Report of the Indian Hemp Drugs Commission, 1894-1895 - Volume I
Year: 1894
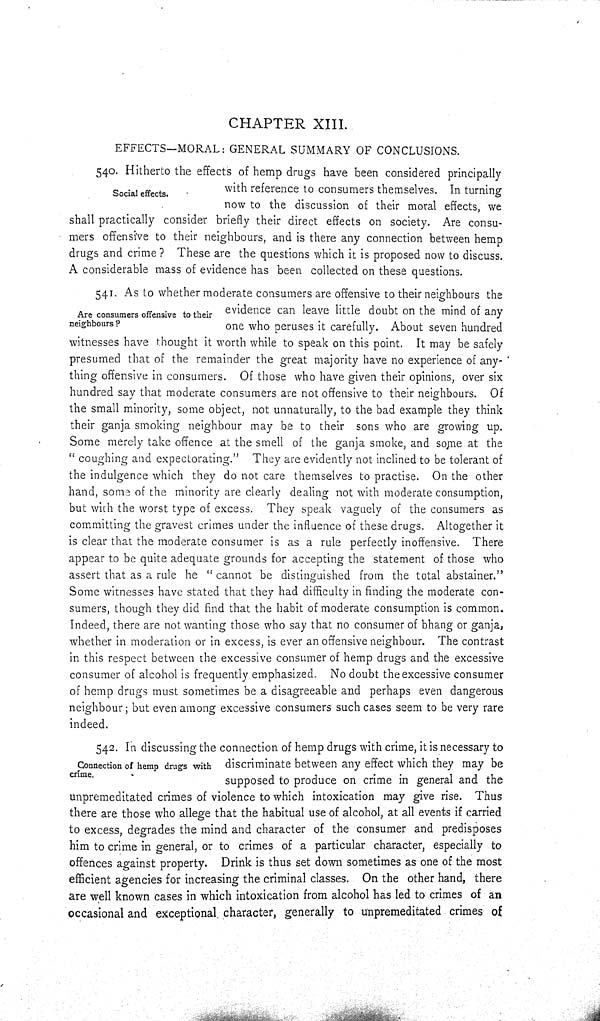
CHAPTER XIII.
EFFECTS-MORAL: GENERAL SUMMARY OF CONCLUSIONS.
Social effects.
Are consumers offensive to their
neighbours?
540. Hitherto the effects of hemp drugs have been considered principally
with reference to consumers themselves. In turning
now to the discussion of their moral effects, we
shall practically consider briefly their direct effects on society. Are consu-
mers offensive to their neighbours, and is there any connection between hemp
drugs and crime? These are the questions which it is proposed now to discuss.
A considerable mass of evidence has been collected on these questions.
541. As to whether moderate consumers are offensive to their neighbours the
evidence can leave little doubt on the mind of any
one who peruses it carefully. About seven hundred
witnesses have thought it worth while to speak on this point. It may be safely
presumed that of the remainder the great majority have no experience of any-
thing offensive in consumers. Of those who have given their opinions, over six
hundred say that moderate consumers are not offensive to their neighbours. Of
the small minority, some object, not unnaturally, to the bad example they think
their ganja smoking neighbour may be to their sons who are growing up.
Some merely take offence at the smell of the ganja smoke, and some at the
"coughing and expectorating." They are evidently not inclined to be tolerant of
the indulgence which they do not care themselves to practise. On the other
hand, some of the minority are clearly dealing not with moderate consumption,
but with the worst type of excess. They speak vaguely of the consumers as
committing the gravest crimes under the influence of these drugs. Altogether it
is clear that the moderate consumer is as a rule perfectly inoffensive. There
appear to be quite adequate grounds for accepting the statement of those who
assert that as a rule he "cannot be distinguished from the total abstainer."
Some witnesses have stated that they had difficulty in finding the moderate con-
sumers, though they did find that the habit of moderate consumption is common.
Indeed, there are not wanting those who say that no consumer of bhang or ganja,
whether in moderation or in excess, is ever an offensive neighbour. The contrast
in this respect between the excessive consumer of hemp drugs and the excessive
consumer of alcohol is frequently emphasized. No doubt the excessive consumer
of hemp drugs must sometimes be a disagreeable and perhaps even dangerous
neighbour; but even among excessive consumers such cases seem to be very rare
indeed.
Connection of hemp drugs with
crime.
542. In discussing the connection of hemp drugs with crime, it is necessary to
discriminate between any effect which they may be
supposed to produce on crime in general and the
unpremeditated crimes of violence to which intoxication may give rise. Thus
there are those who allege that the habitual use of alcohol, at all events if carried
to excess, degrades the mind and character of the consumer and predisposes
him to crime in general, or to crimes of a particular character, especially to
offences against property. Drink is thus set down sometimes as one of the most
efficient agencies for increasing the criminal classes. On the other hand, there
are well known cases in which intoxication from alcohol has led to crimes of an
occasional and exceptional character, generally to unpremeditated crimes of